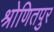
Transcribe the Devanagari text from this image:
श्रोणितपुर